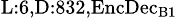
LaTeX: _{\textrm{L}:6,\textrm{D}:832,\textrm{EncDec}_{\textrm{B}1}}